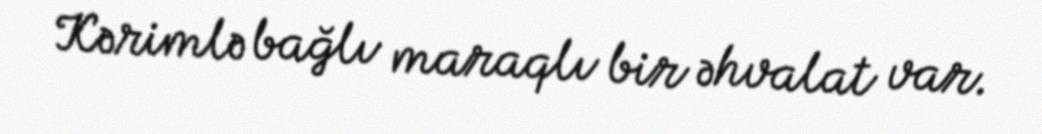
Kərimlə bağlı maraqlı bir əhvalat var.